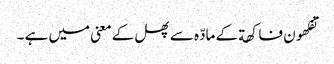
تفکھون فاکھة کے مادّہ سے پھل کے معنی میں ہے ۔